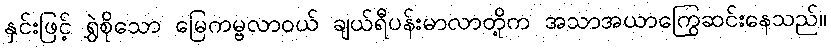
နှင်းဖြင့် ရွှဲစိုသော မြေကမ္ဗလာဝယ် ချယ်ရီပန်းမာလာတို့က အသာအယာကြွေဆင်းနေသည်။